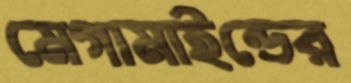
মেগামাইন্ডের